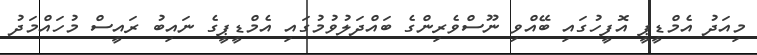
މިއަދު އެމްޑީޕީ އޮފީހުގައި ބޭއްވި ނޫސްވެރިންގެ ބައްދަލުވުމުގައި އެމްޑީޕީގެ ނައިބު ރައީސް މުހައްމަދު